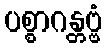
ပစ္စာဂန္တဗ္ဗံ